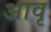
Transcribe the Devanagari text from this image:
आवृ